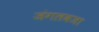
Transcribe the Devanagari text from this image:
जंगलवजा